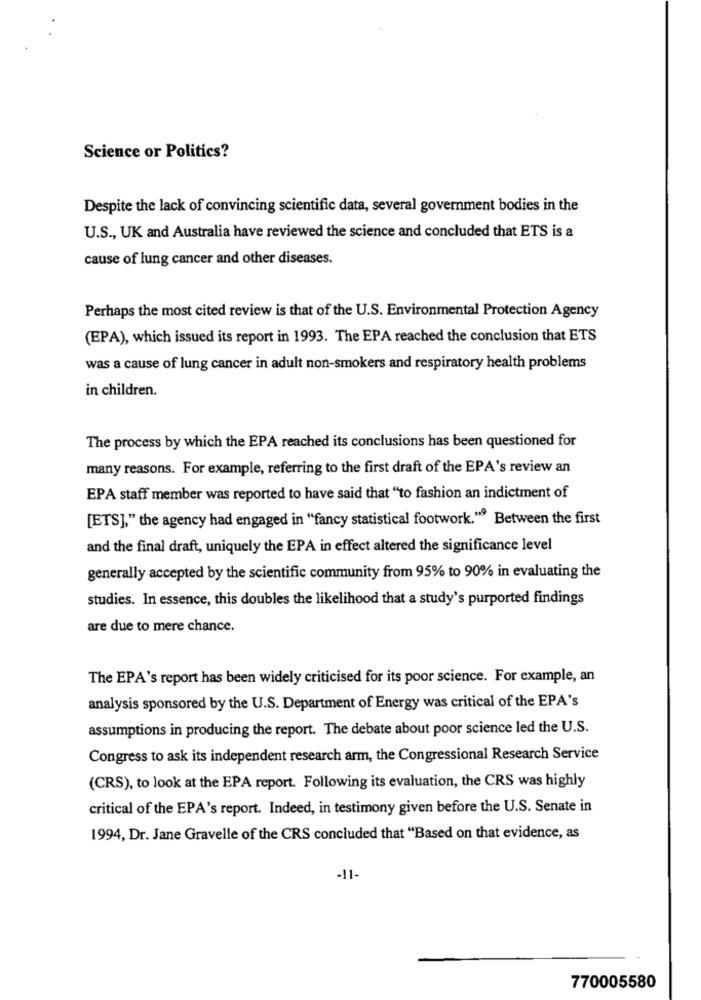
Science or Politics?
Despite the lack of convincing scientific data, several government bodies in the
U.S ., UK and Australia have reviewed the science and concluded that ETS is a
cause of lung cancer and other diseases.
Perhaps the most cited review is that of the U.S. Environmental Protection Agency
(EPA), which issued its report in 1993. The EPA reached the conclusion that ETS
was a cause of lung cancer in adult non-smokers and respiratory health problems
in children.
The process by which the EPA reached its conclusions has been questioned for
many reasons. For example, referring to the first draft of the EPA's review an
EPA staff member was reported to have said that "to fashion an indictment of
[ETS]," the agency had engaged in "fancy statistical footwork." Between the first
and the final draft, uniquely the EPA in effect altered the significance level
generally accepted by the scientific community from 95% to 90% in evaluating the
studies. In essence, this doubles the likelihood that a study's purported findings
are due to mere chance.
The EPA's report has been widely criticised for its poor science. For example, an
analysis sponsored by the U.S. Department of Energy was critical of the EPA's
assumptions in producing the report. The debate about poor science led the U.S.
Congress to ask its independent research arm, the Congressional Research Service
(CRS), to look at the EPA report. Following its evaluation, the CRS was highly
critical of the EPA's report. Indeed, in testimony given before the U.S. Senate in
1994, Dr. Jane Gravelle of the CRS concluded that "Based on that evidence, as
-11-
770005580